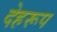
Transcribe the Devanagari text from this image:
देहरूप